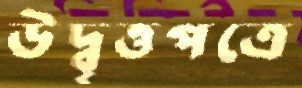
উদ্বৃত্তপত্রে